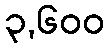
၃,၆၀၀